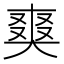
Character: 𭑘